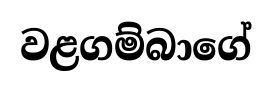
වළගම්බාගේ